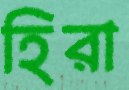
হিরা